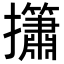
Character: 𢹱